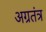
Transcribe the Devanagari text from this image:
अग्रतंत्र